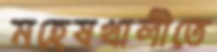
মহেষখালীতে